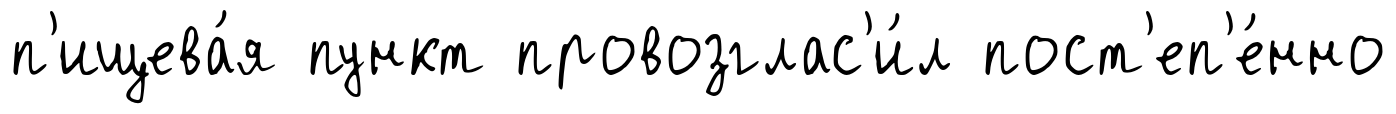
п'ищева́я пункт провозглас'и́л пост'еп'е́нно